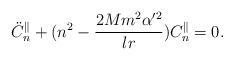
LaTeX: \begin{align*}\ddot{C}_{n}^\parallel+(n^2-\frac{2Mm^2\alpha'^2}{lr})C_{n}^\parallel=0.\end{align*}